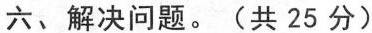
六、解决问题。(共25分)